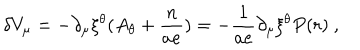
\delta V _ { \mu } = - \partial _ { \mu } \xi ^ { \theta } ( A _ { \theta } + \frac { n } { a e } ) = - \frac { 1 } { a e } \partial _ { \mu } \xi ^ { \theta } P ( r ) ~ ,